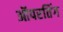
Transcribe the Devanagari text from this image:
ऑपरतिंग